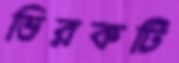
ভিরকটি